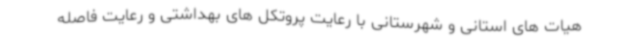
هیات های استانی و شهرستانی با رعایت پروتکل های بهداشتی و رعایت فاصله